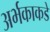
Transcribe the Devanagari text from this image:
अर्भकाकडे